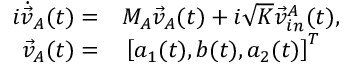
\begin{array} { r l } { i \dot { \vec { v } } _ { A } ( t ) = } & { { } M _ { A } \vec { v } _ { A } ( t ) + i \sqrt { K } \vec { v } _ { i n } ^ { A } ( t ) , } \\ { \vec { v } _ { A } ( t ) = } & { { } \left[ a _ { 1 } ( t ) , b ( t ) , a _ { 2 } ( t ) \right] ^ { T } } \end{array}